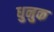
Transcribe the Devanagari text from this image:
धुनुक